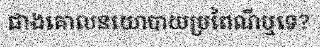
ជាងគោលនយោបាយប្រពៃណីឬទេ?